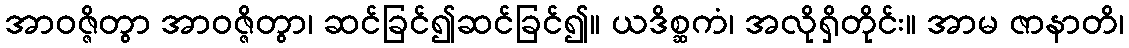
အာဝဇ္ဇိတွာ အာဝဇ္ဇိတွာ၊ ဆင်ခြင်၍ဆင်ခြင်၍။ ယဒိစ္ဆကံ၊ အလိုရှိတိုင်း။ အာမ ဇာနာတိ၊